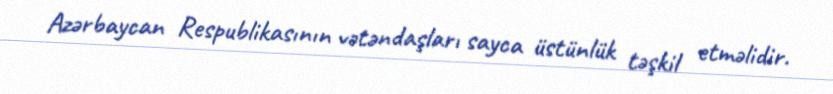
Azərbaycan Respublikasının vətəndaşları sayca üstünlük təşkil etməlidir.